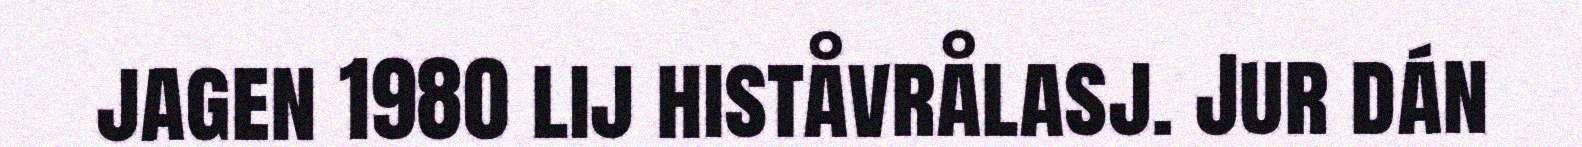
jagen 1980 lij histåvrålasj. Jur dán